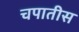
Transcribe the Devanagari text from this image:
चपातीस